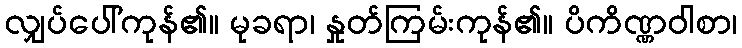
လျှပ်ပေါ်ကုန်၏။ မုခရာ၊ နှုတ်ကြမ်းကုန်၏။ ပိကိဏ္ဏဝါစာ၊